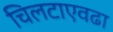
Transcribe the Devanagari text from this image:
चिलटाएवढा